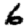
Digit: 6